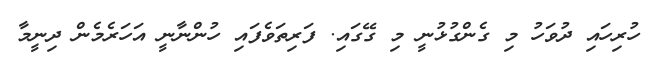
ހުރިހައި ދުވަހު މި ގެންގުޅުނީ މި ގޭގައި. ފަރިތަވެފައި ހުންނާނީ އަހަރެމެން ދިނީމާ